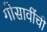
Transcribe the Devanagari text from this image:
गोसावींची